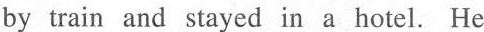
by train and stayed in a hote!. He